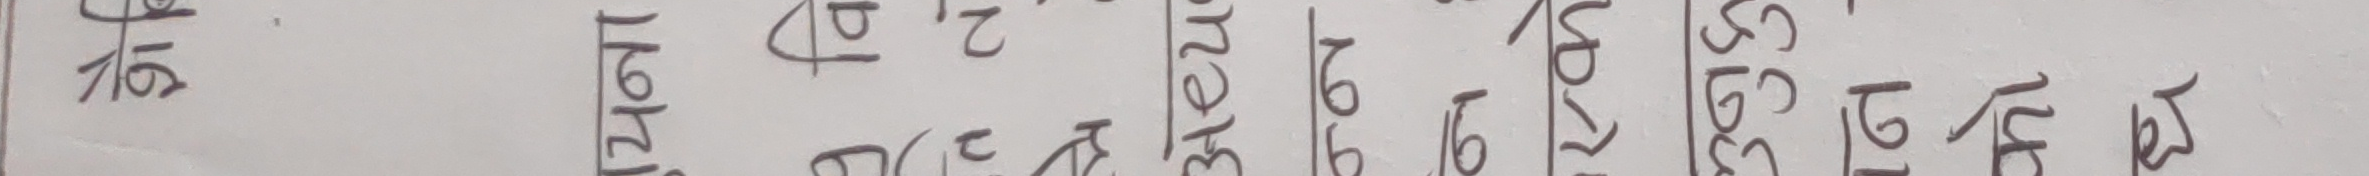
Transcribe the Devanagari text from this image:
१७ १४ १६ १५ १६ १८ १९ २० २१ २२ २३ २४
२५ २६ ३५ ३७ ३८ ३६ २७ २८ २९ ३० ३१ ३२